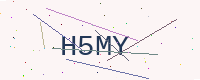
Text: H5MY